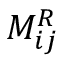
M _ { i j } ^ { R }